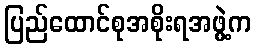
ပြည်ထောင်စုအစိုးရအဖွဲ့က